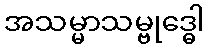
အသမ္မာသမ္ဗုဒ္ဓေါ